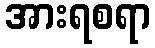
အားရစရာ